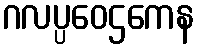
ဂလပ္ပဝေဌကေန